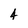
Character: 4